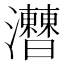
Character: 𤅍